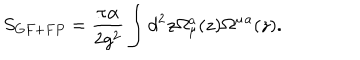
LaTeX: S _ { G F + F P } = { \frac { \pi \alpha } { 2 g ^ { 2 } } } \int d ^ { 2 } z \Omega _ { \mu } ^ { a } ( z ) \Omega ^ { \mu } { } ^ { a } ( z ) .